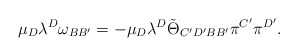
\begin{align*}\mu_D\lambda^D\omega_{BB'}=-\mu_D\lambda^D\tilde\Theta_{C'D'BB'}\pi^{C'}\pi^{D'}.\end{align*}